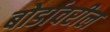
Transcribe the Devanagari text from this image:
बोर्डावरील